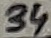
Text: 34